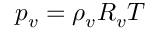
p _ { v } = \rho _ { v } R _ { v } T